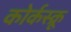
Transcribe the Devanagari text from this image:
कोर्कस्क्रू